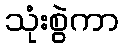
သုံးစွဲကာ